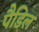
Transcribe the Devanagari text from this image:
पैडिल